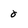
Character: 0